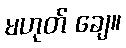
မဟုတ် ချေ။